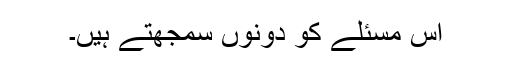
اس مسئلے کو دونوں سمجهتے ہیں۔